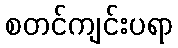
စတင်ကျင်းပရာ